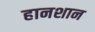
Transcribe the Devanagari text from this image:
हानशान